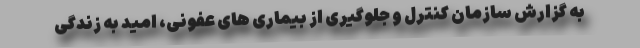
به گزارش سازمان کنترل و جلوگیری از بیماری های عفونی، امید به زندگی